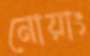
নোয়াং